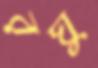
রঘু